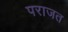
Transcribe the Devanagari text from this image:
पराजत